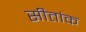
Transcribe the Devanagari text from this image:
सीतांक